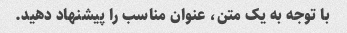
با توجه به یک متن، عنوان مناسب را پیشنهاد دهید.